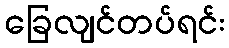
ခြေလျင်တပ်ရင်း